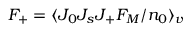
F _ { + } = \langle J _ { 0 } J _ { s } J _ { + } F _ { M } / n _ { 0 } \rangle _ { v }